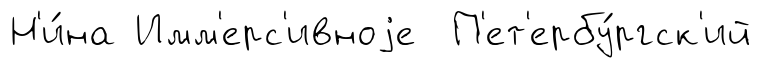
Н'и́на Имм'ерс'ивноjе П'ет'ербу́ргск'ий